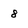
Character: 8